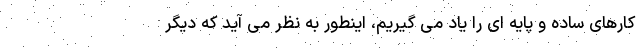
کارهای ساده و پایه ای را یاد می گیریم، اینطور به نظر می آید که دیگر